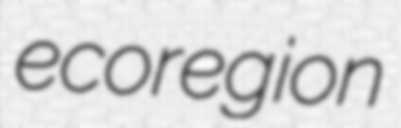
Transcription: ecoregion